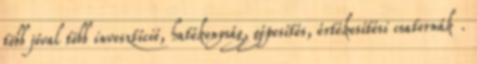
több jóval több invesztíció, hatékonyság, gépesítés, értékesítési csatornák .